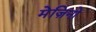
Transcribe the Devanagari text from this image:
मेज़िनो